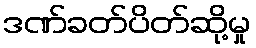
ဒဏ်ခတ်ပိတ်ဆို့မှု